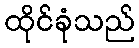
ထိုင်ခုံသည်